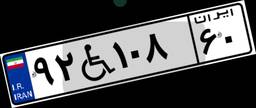
۹۲W۱۰۸۶۰